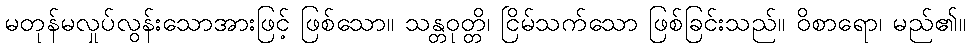
မတုန်မလှုပ်လွန်းသောအားဖြင့် ဖြစ်သော။ သန္တဝုတ္တိ၊ ငြိမ်သက်သော ဖြစ်ခြင်းသည်။ ဝိစာရော၊ မည်၏။